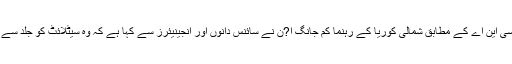
سرکاری خبر رساں ایجنسی کے سی این اے کے مطابق شمالی کوریا کے رہنما کم جانگ ا?ن نے سائنس دانوں اور انجینیئرز سے کہا ہے کہ وہ سیٹلائٹ کو جلد سے جلد لانچ کرنے کی تیاریاں کریں۔